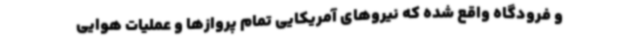
و فرودگاه واقع شده که نیروهای آمریکایی تمام پروازها و عملیات هوایی